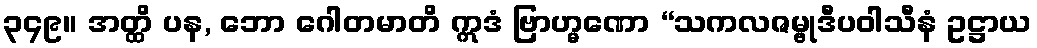
၃၄၉။ အတ္ထိ ပန, ဘော ဂေါတမာတိ ဣဒံ ဗြာဟ္မဏော “သကလဇမ္ဗုဒီပဝါသီနံ ဥဋ္ဌာယ